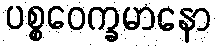
ပစ္စဝေက္ခမာနော